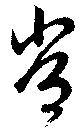
常